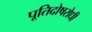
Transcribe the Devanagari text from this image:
पूतिदोषरोधी